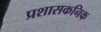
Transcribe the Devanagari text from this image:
प्रशासकनिक